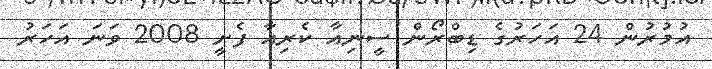
އުމުރުން 24 އަހަރުގެ ޑިބްރޯން ސީނިއާ ކެރިއާ ފެށީ 2008 ވަނަ އަހަރު